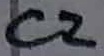
Text: C2